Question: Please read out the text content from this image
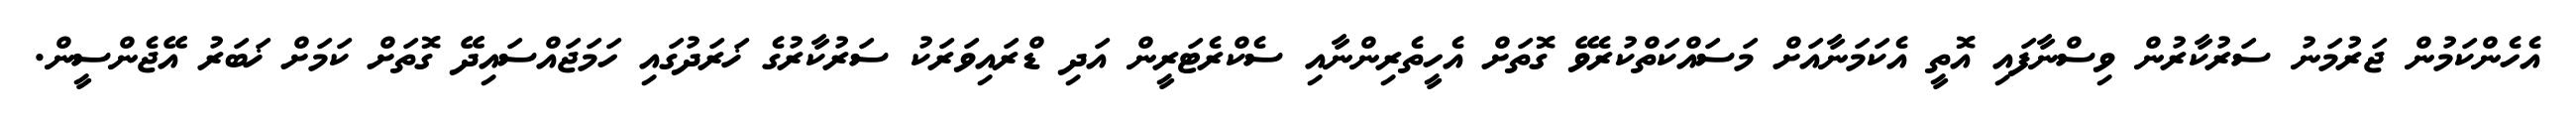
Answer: އެހެންކަމުން ޖަރުމަނު ސަރުކާރުން ވިސްނާފައި އޮތީ އެކަމަނާއަށް މަސައްކަތްކުރެވޭ ގޮތަށް އެހީތެރިންނާއި ސެކްރެޓަރީން އަދި ޑްރައިވަރަކު ސަރުކާރުގެ ޚަރަދުގައި ހަމަޖައްސައިދޭ ގޮތަށް ކަމަށް ޚަބަރު އޭޖެންސީން.